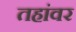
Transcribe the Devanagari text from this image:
तहांवर